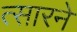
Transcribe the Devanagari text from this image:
त्सारने